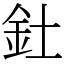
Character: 釷